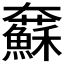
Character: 𡚢